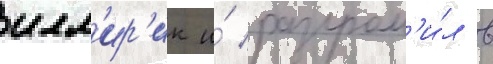
илл'ир'ик и́ разгром'и́л в